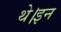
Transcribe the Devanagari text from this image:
थे।इन